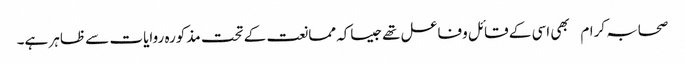
صحابہ کرام بھی اسی کے قائل وفاعل تھےجیساکہ ممانعت کے تحت مذکورہ روایات سے ظاہر ہے۔